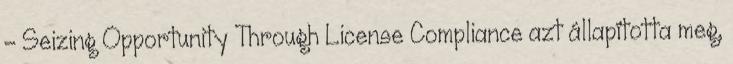
– Seizing Opportunity Through License Compliance azt állapította meg,